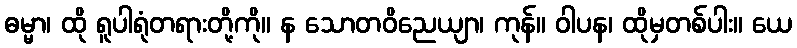
ဓမ္မာ၊ ထို ရူပါရုံတရားတို့ကို။ န သောတဝိညေယျာ၊ ကုန်။ ဝါပန၊ ထိုမှတစ်ပါး။ ယေ